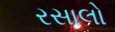
રસાલો